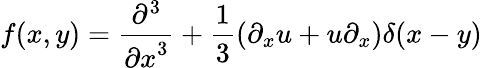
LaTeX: f(x,y)={\frac{\partial^{3}}{{\partial x}^{3}}}+{\frac{1}{3}}(\partial_{x}u+u\partial_{x})\delta(x-y)